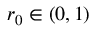
r _ { 0 } \in ( 0 , 1 )